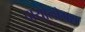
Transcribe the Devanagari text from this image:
दायोलोगस